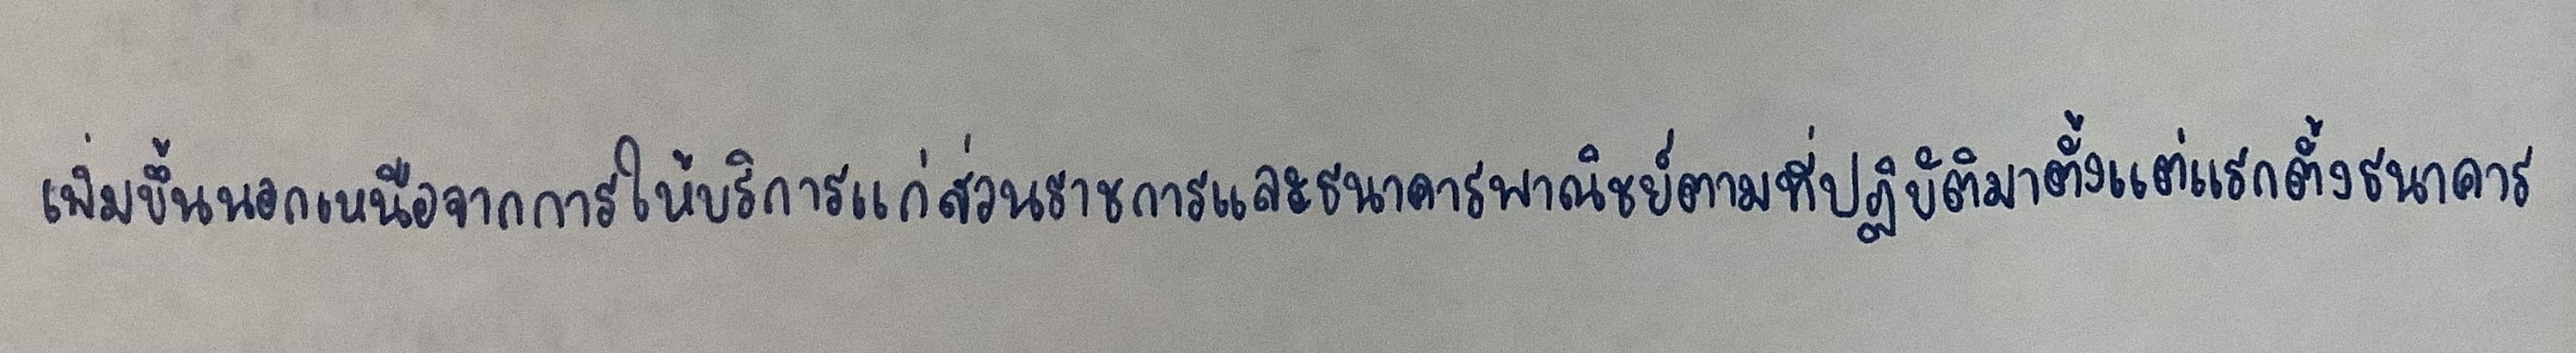
เพิ่มขึ้นนอกเหนือจากการให้บริการแก่ส่วนราชการและธนาคารพาณิชย์ตามที่ปฏิบัติมาตั้งแต่แรกตั้งธนาคาร